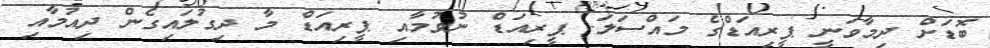
ބޮޑަށް ދިމާވަނީ ޕީރިއަޑްގެ މައްސަލަ. ޕީރިއަޑް ނުވުމާއި ޕީރިއަޑް މާ ދިގުލައިގެން ދިއުމާއި